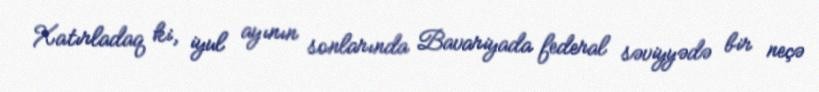
Xatırladaq ki, iyul ayının sonlarında Bavariyada federal səviyyədə bir neçə